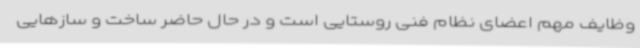
وظایف مهم اعضای نظام فنی روستایی است و در حال حاضر ساخت و سازهایی